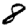
Digit: 8